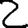
Digit: 2